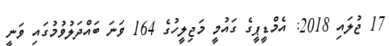
17 ޖުލައި 2018: އެމްޑީޕީގެ ގައުމީ މަޖިލީހުގެ 164 ވަނަ ބައްދަލުވުމުގައި ވަނީ